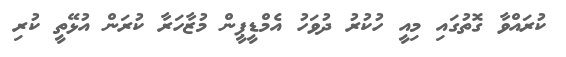
ކުރައްވާ ގޮތުގައި މިއީ ހުކުރު ދުވަހު އެމްޑީޕީން މުޒާހަރާ ކުރަން އުޅޭތީ ކުރި